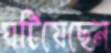
ঘটিয়েছেন